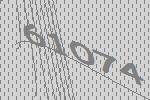
61074